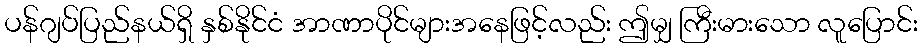
ပန်ဂျပ်ပြည်နယ်ရှိ နှစ်နိုင်ငံ အာဏာပိုင်များအနေဖြင့်လည်း ဤမျှ ကြီးမားသော လူပြောင်း